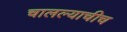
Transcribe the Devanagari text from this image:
चालल्याचीच